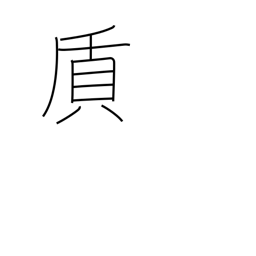
Meaning: material